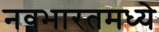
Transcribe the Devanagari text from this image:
नवभारतमध्ये